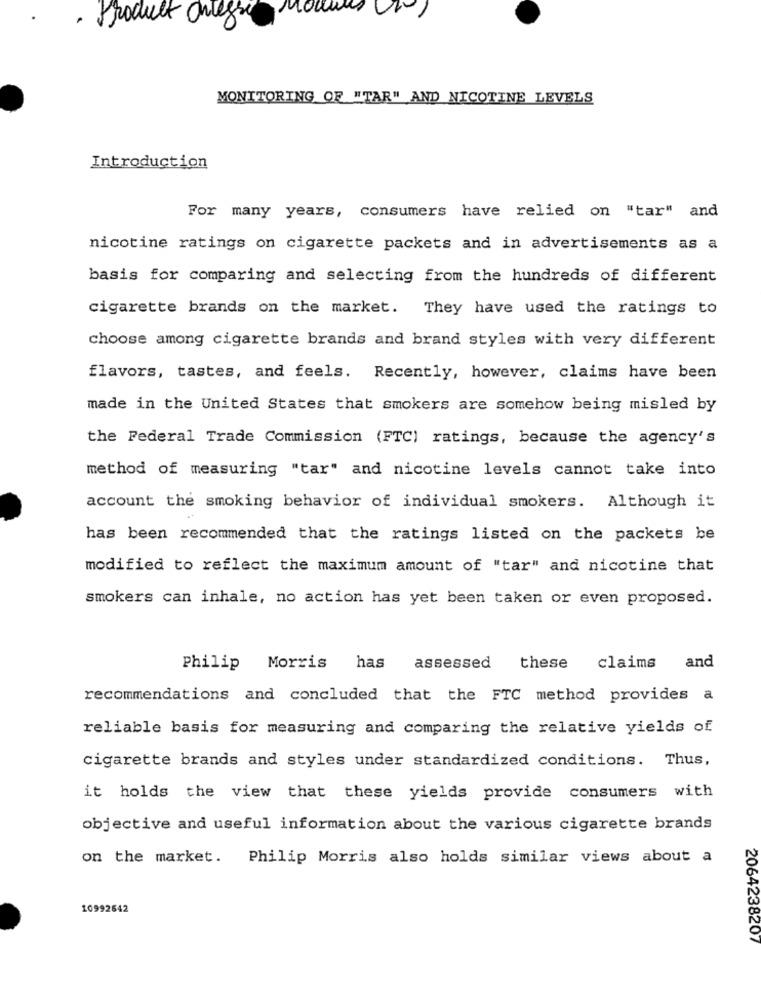
nou
· Product Onlegre
MONITORING OF "TAR" AND NICOTINE LEVELS
Introduction
For many years, consumers have relied on "tar" and
nicotine ratings on cigarette packets and in advertisements as a
basis for comparing and selecting from the hundreds of different
cigarette brands on the market. They have used the ratings to
choose among cigarette brands and brand styles with very different
flavors, tastes, and feels. Recently, however, claims have been
made in the United States that smokers are somehow being misled by
the Federal Trade Commission (FTC) ratings, because the agency's
method of measuring "tar" and nicotine levels cannot take into
account the smoking behavior of individual smokers. Although it
has been recommended that the ratings listed on the packets be
modified to reflect the maximum amount of "tar" and nicotine that
smokers can inhale, no action has yet been taken or even proposed.
Philip Morris
has
assessed
these
claims
and
recommendations and concluded that the FTC method provides a
reliable basis for measuring and comparing the relative yields of
cigarette brands and styles under standardized conditions. Thus,
it holds the view that these yields provide consumers with
objective and useful information about the various cigarette brands
on the market. Philip Morris also holds similar views about a
10992642
2064238207